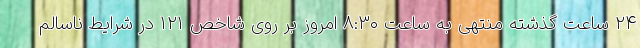
۲۴ ساعت گذشته منتهی به ساعت ۸:٣٠ امروز بر روی شاخص ۱۲۱ در شرایط ناسالم